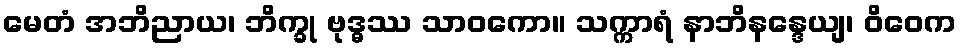
မေတံ အဘိညာယ၊ ဘိက္ခု ဗုဒ္ဓဿ သာဝကော။ သက္ကာရံ နာဘိနန္ဒေယျ၊ ဝိဝေက